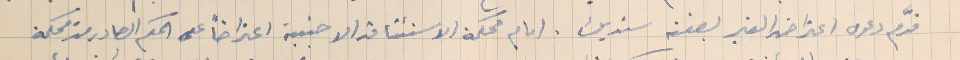
قدَّم دعوى اعتراض الغير بصفته سنديك. امام محكمة الاستئناف الاجنبىة اعتراضاً على الحكم الصادر من محكمة